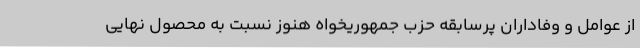
از عوامل و وفاداران پرسابقه حزب جمهوریخواه هنوز نسبت به محصول نهایی